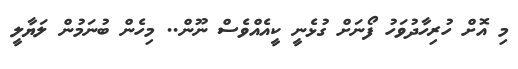
މި އޮށް ހުރިހާދުވަހު ފޯނަށް ގުޅެނީ ކީއެއްވެސް ނޫން.. މިހެން ބުނަމުން ލަޔާލީ